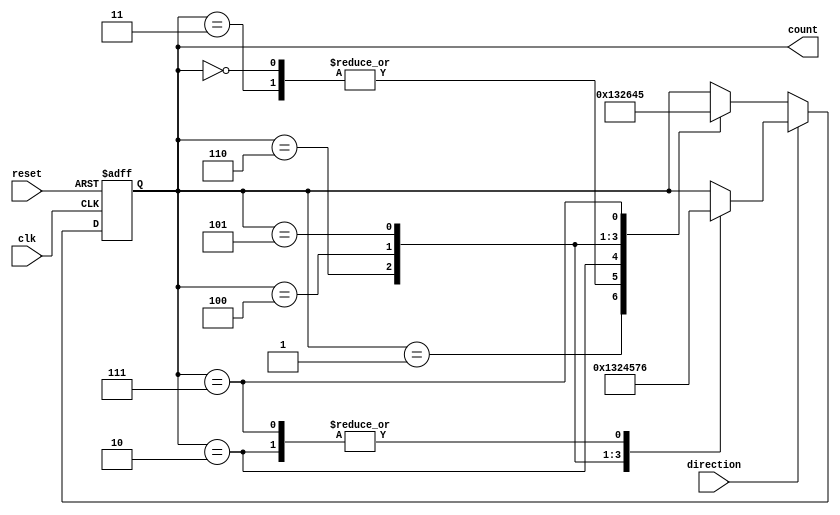
module BidirectionalGrayCounter(
  input wire clk,
  input wire reset,
  input wire direction,
  output reg [3:0] count
);

  always @(posedge clk or posedge reset) begin
    if (reset) begin
      count <= 4'b0000;
    end else begin
      if (direction) begin // Increment
        case (count)
          4'b0000: count <= 4'b0001;
          4'b0001: count <= 4'b0011;
          4'b0011: count <= 4'b0010;
          4'b0010: count <= 4'b0110;
          4'b0110: count <= 4'b0100;
          4'b0100: count <= 4'b0101;
          4'b0101: count <= 4'b0111;
          4'b0111: count <= 4'b0110;
        endcase
      end else begin // Decrement
        case (count)
          4'b0000: count <= 4'b0001;
          4'b0001: count <= 4'b0000;
          4'b0011: count <= 4'b0001;
          4'b0010: count <= 4'b0011;
          4'b0110: count <= 4'b0010;
          4'b0100: count <= 4'b0110;
          4'b0101: count <= 4'b0100;
          4'b0111: count <= 4'b0101;
        endcase
      end
    end
  end
endmodule